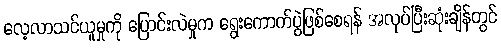
လေ့လာသင်ယူမှုကို ပြောင်းလဲမှုက ရွေးကောက်ပွဲဖြစ်စေရန် အလုပ်ပြီးဆုံးချိန်တွင်